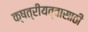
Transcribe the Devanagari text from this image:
क्षत्रीयत्वासाठी